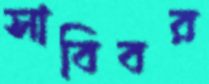
সাবিবর